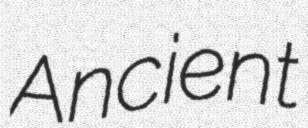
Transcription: Ancient